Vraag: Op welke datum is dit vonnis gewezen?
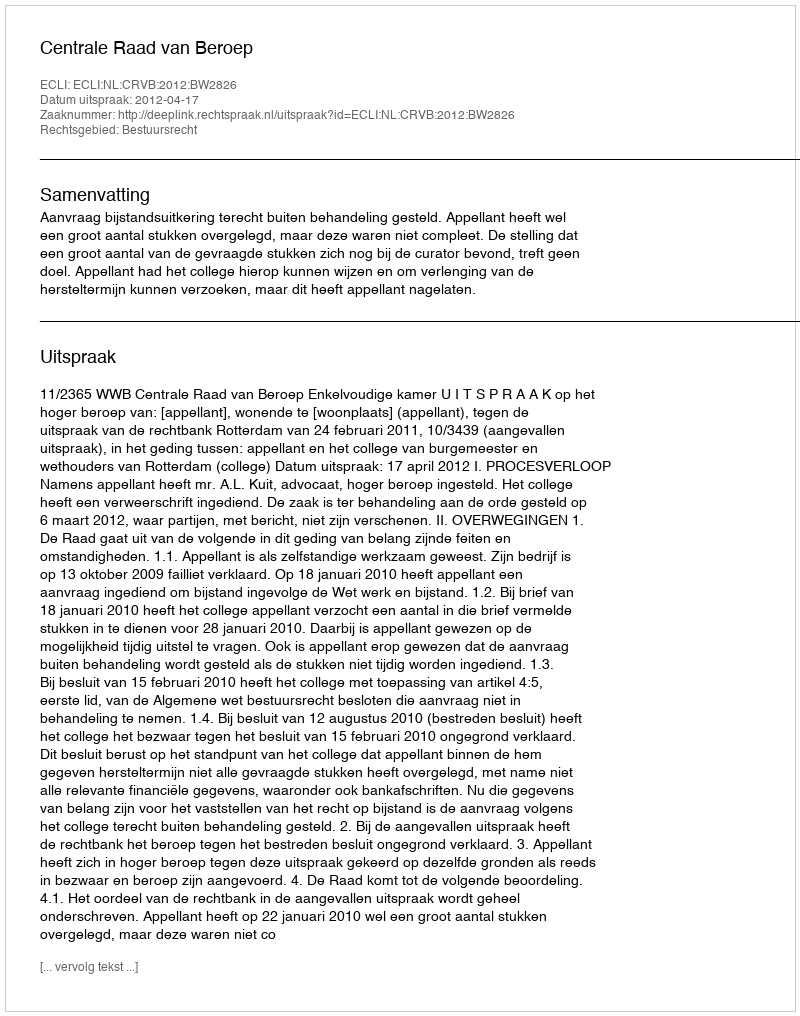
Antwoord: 2012-04-17